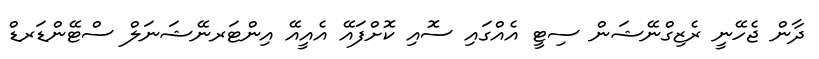
ދާން ޖެހޭނީ ރެޒިގްނޭޝަން ސިޓީ އެއްގައި ސޮއި ކޮށްފައޭ އެއީއޭ އިންޓަރނޭޝަނަލް ސްޓޭންޑަރޑް